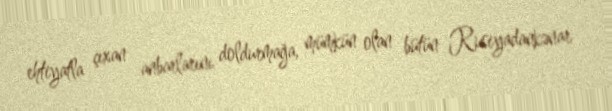
ehtiyatla çıxan anbarlarını doldurmağa, mümkün olan bütün Rusiyadankənar